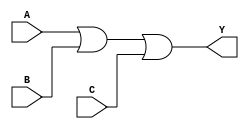
module OR_gate (
    input wire A,
    input wire B,
    input wire C,
    output wire Y
);

assign Y = A | B | C;

endmodule